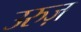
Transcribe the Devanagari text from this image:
उरुज़